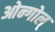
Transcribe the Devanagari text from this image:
ओन्गोल्